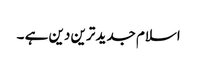
اسلام جدید ترین دین ہے ۔